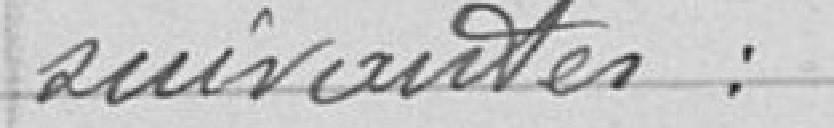
suivantes :